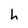
Character: h